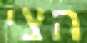
הצי